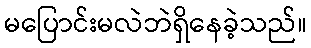
မပြောင်းမလဲဘဲရှိနေခဲ့သည်။